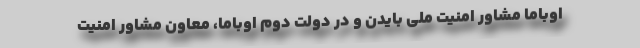
اوباما مشاور امنیت ملی بایدن و در دولت دوم اوباما، معاون مشاور امنیت